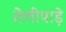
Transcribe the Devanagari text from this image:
तेलीपाड़े